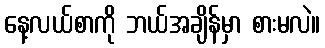
နေ့လယ်စာကို ဘယ်အချိန်မှာ စားမလဲ။